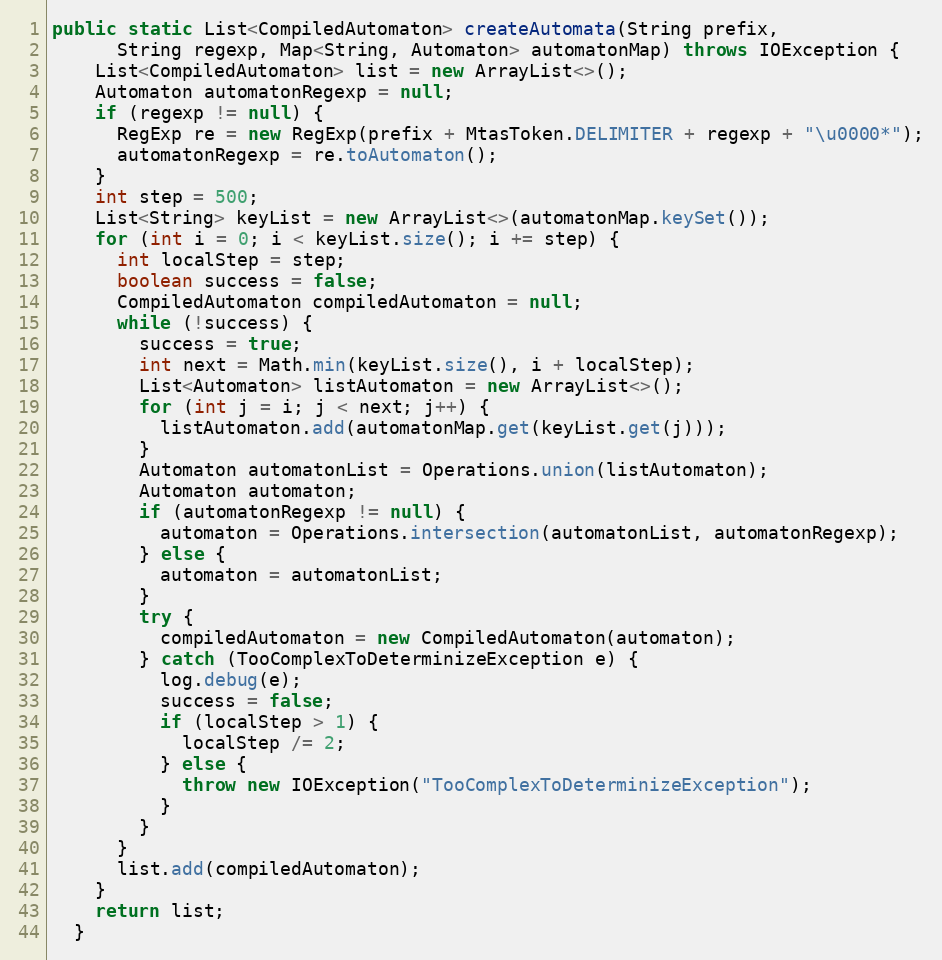
Language: Java
public static List<CompiledAutomaton> createAutomata(String prefix,
      String regexp, Map<String, Automaton> automatonMap) throws IOException {
    List<CompiledAutomaton> list = new ArrayList<>();
    Automaton automatonRegexp = null;
    if (regexp != null) {
      RegExp re = new RegExp(prefix + MtasToken.DELIMITER + regexp + "\u0000*");
      automatonRegexp = re.toAutomaton();
    }
    int step = 500;
    List<String> keyList = new ArrayList<>(automatonMap.keySet());
    for (int i = 0; i < keyList.size(); i += step) {
      int localStep = step;
      boolean success = false;
      CompiledAutomaton compiledAutomaton = null;
      while (!success) {
        success = true;
        int next = Math.min(keyList.size(), i + localStep);
        List<Automaton> listAutomaton = new ArrayList<>();
        for (int j = i; j < next; j++) {
          listAutomaton.add(automatonMap.get(keyList.get(j)));
        }
        Automaton automatonList = Operations.union(listAutomaton);
        Automaton automaton;
        if (automatonRegexp != null) {
          automaton = Operations.intersection(automatonList, automatonRegexp);
        } else {
          automaton = automatonList;
        }
        try {
          compiledAutomaton = new CompiledAutomaton(automaton);
        } catch (TooComplexToDeterminizeException e) {
          log.debug(e);
          success = false;
          if (localStep > 1) {
            localStep /= 2;
          } else {
            throw new IOException("TooComplexToDeterminizeException");
          }
        }
      }
      list.add(compiledAutomaton);
    }
    return list;
  }